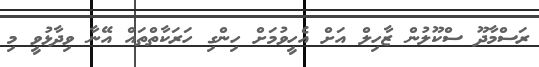
ރަސްމާދޫ ސްކޫލުން ޒާހިލް އަށް އެހީވުމަށް ހިންގި ހަރަކާތްތައް އޭނާ ވިދާޅުވީ މި